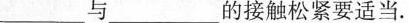
___与___的接触松紧要适当。